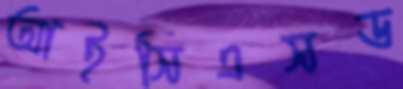
আইসিএসড